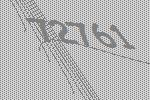
72761